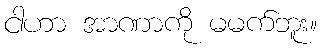
ငါဟာ အာဏာကို မမက်ဘူး။